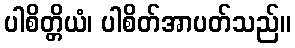
ပါစိတ္တိယံ၊ ပါစိတ်အာပတ်သည်။